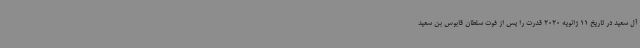
آل سعید در تاریخ 11 ژانویه 2020 قدرت را پس از فوت سلطان قابوس بن سعید